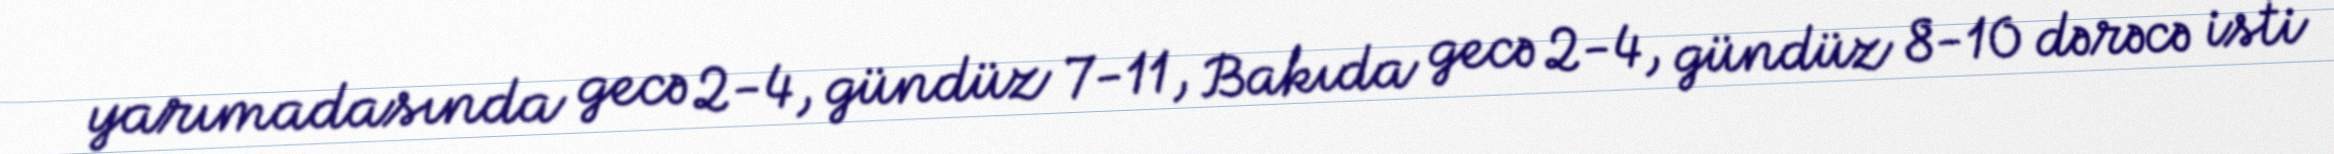
yarımadasında gecə 2-4, gündüz 7-11, Bakıda gecə 2-4, gündüz 8-10 dərəcə isti